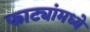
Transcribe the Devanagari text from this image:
फाट्यांमध्ये